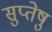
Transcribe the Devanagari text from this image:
सुप्तेषु